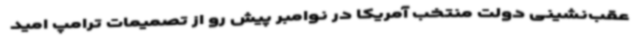
عقب‌نشینی دولت منتخب آمریکا در نوامبر پیش‌ رو از تصمیمات ترامپ امید